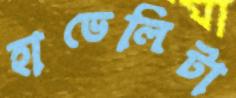
হাভেলিটা